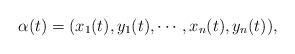
LaTeX: \begin{align*}\alpha(t)=(x_1(t),y_1(t),\cdots, x_n(t),y_n(t)),\end{align*}